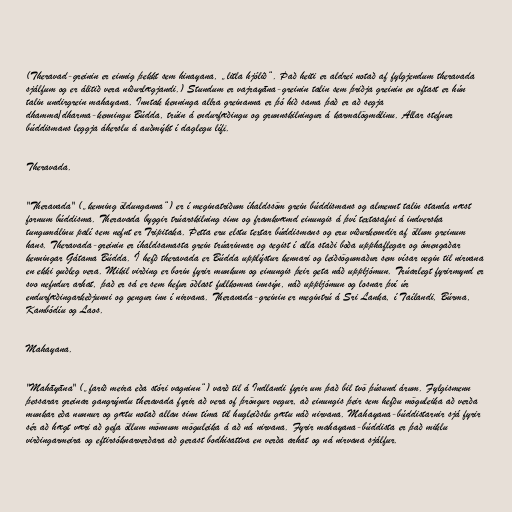
(Theravad-greinin er einnig þekkt sem hinayana, „litla hjólið“. Það heiti er aldrei notað af fylgjendum theravada
sjálfum og er álitið vera niðurlægjandi.) Stundum er vajrayāna-greinin talin sem þriðja greinin en oftast er hún
talin undirgrein mahayana. Inntak kenninga allra greinanna er þó hið sama það er að segja
dhamma/dharma-kenningu Búdda, trúin á endurfæðingu og grunnskilningur á karmalögmálinu. Allar stefnur
búddismans leggja áherslu á auðmýkt í daglegu lífi.

Theravada.

"Theravada" („kenning öldunganna“) er í meginatriðum íhaldssöm grein búddismans og almennt talin standa næst
fornum búddisma. Theravada byggir trúarskilning sinn og framkvæmd einungis á því textasafni á indverska
tungumálinu palí sem nefnt er Tripitaka. Þetta eru elstu textar búddismans og eru viðurkenndir af öllum greinum
hans. Theravada-greinin er íhaldsamasta grein trúarinnar og segist í alla staði boða upphaflegar og ómengaðar
kenningar Gátama Búdda. Í hefð theravada er Búdda upplýstur kennari og leiðsögumaður sem vísar vegin til nirvana
en ekki guðleg vera. Mikil virðing er borin fyrir munkum og einungis þeir geta náð uppljómun. Trúarlegt fyrirmynd er
svo nefndur arhat, það er sá er sem hefur öðlast fullkomna innsýn, náð uppljómun og losnar því úr
endurfæðingarkeðjunni og gengur inn í nirvana. Theravada-greinin er megintrú á Sri Lanka, í Taílandi, Búrma,
Kambódíu og Laos.

Mahayana.

"Mahāyāna" („farið meira eða stóri vagninn“) varð til á Indlandi fyrir um það bil tvö þúsund árum. Fylgismenn
þessarar greinar gangrýndu theravada fyrir að vera of þröngur vegur, að einungis þeir sem hefðu möguleika að verða
munkar eða nunnur og gætu notað allan sinn tíma til hugleiðslu gætu náð nirvana. Mahayana-búddistarnir sjá fyrir
sér að hægt væri að gefa öllum mönnum möguleika á að ná nirvana. Fyrir mahayana-búddista er það miklu
virðingarmeira og eftirsóknarverðara að gerast bodhisattva en verða arhat og ná nirvana sjálfur.